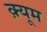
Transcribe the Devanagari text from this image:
क़्यूम